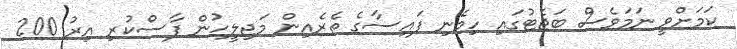
ކަމަށްވީ ނަމަވެސް ބަޖެޓުގައި ހިމެނި ފައިސާގެ ތެރެއިން މަޖިލީހުން ފާސްކުރި އިރު 200